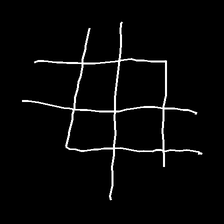
Glyph: crystal